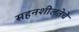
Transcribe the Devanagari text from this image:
सहनशीलतेचे